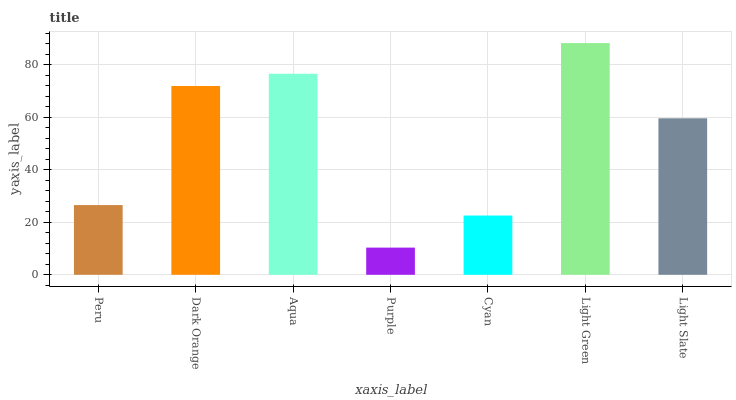
| xaxis_label | bars |
 | --- | --- |
 | Peru | 26.5 |
 | Dark Orange | 71.9 |
 | Aqua | 76.5 |
 | Purple | 10.4 |
 | Cyan | 22.6 |
 | Light Green | 88.2 |
 | Light Slate | 59.6 |